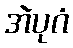
အဲပုဂံ